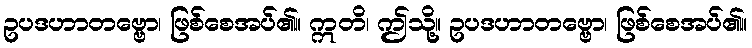
ဥပဒဟာတဗ္ဗော၊ ဖြစ်စေအပ်၏။ ဣတိ၊ ဤသို့။ ဥပဒဟာတဗ္ဗော၊ ဖြစ်စေအပ်၏။